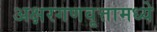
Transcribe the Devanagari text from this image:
अक्षरगणवृत्तामध्ये